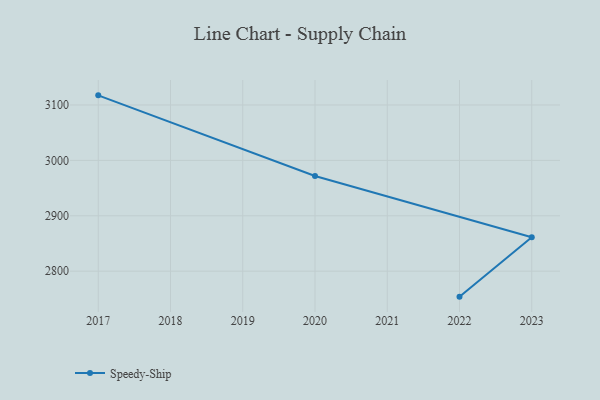
{"axis": {"x": "Year", "y": "Page Views"}, "legend": ["Speedy-Ship"], "data": [{"x": "2022", "y": 2754.0, "type": "Speedy-Ship"}, {"x": "2023", "y": 2861.3, "type": "Speedy-Ship"}, {"x": "2020", "y": 2971.7, "type": "Speedy-Ship"}, {"x": "2017", "y": 3117.4, "type": "Speedy-Ship"}]}